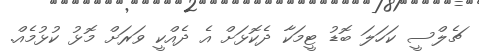
ޗެލްސީ ކަހަލަ ބޮޑު ޓީމަކާ ދެކޮޅަށް އެ ދެއްކީ ވަރަށް މޮޅު ކުޅުމެއް.